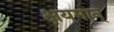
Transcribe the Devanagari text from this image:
क्षयमान्